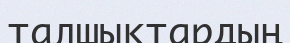
талшықтардың